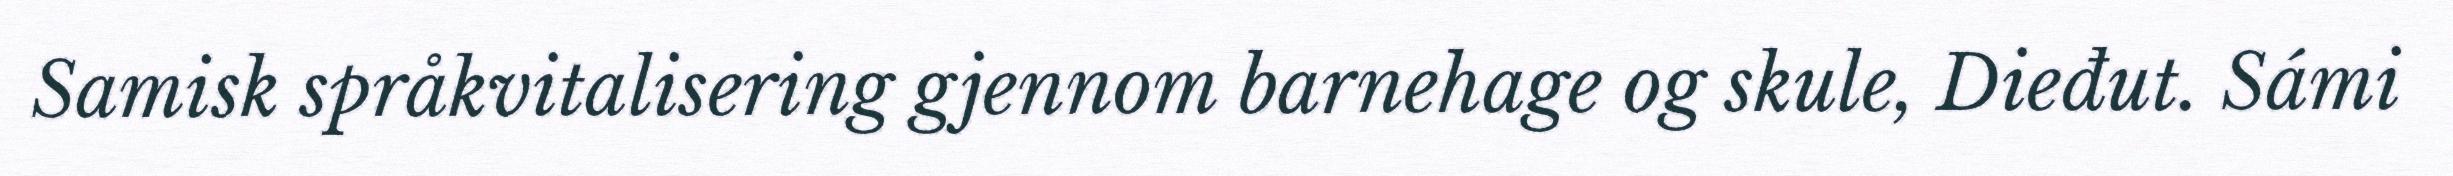
Samisk språkvitalisering gjennom barnehage og skule, Dieđut. Sámi